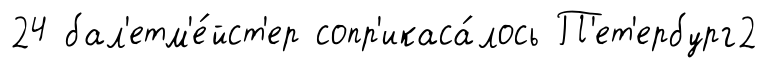
24 бал'етм'е́йст'ер сопр'икаса́лось П'ет'ербург2